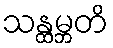
သန္ထမ္ဘတိ